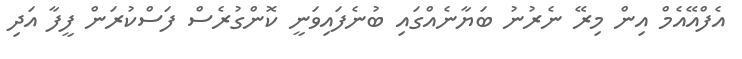
އެފްއޭއެމް އިން މިރޭ ނެރުނު ބަޔާނެއްގައި ބުނެފައިވަނީ ކޮންގުރެސް ފަސްކުރަން ފީފާ އަދި